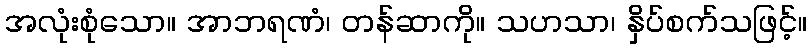
အလုံးစုံသော။ အာဘရဏံ၊ တန်ဆာကို။ သဟသာ၊ နှိပ်စက်သဖြင့်။